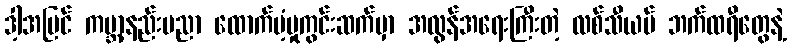
ဒါ့အပြင် ကမ္ဘာ့နည်းပညာ ထောက်ပံ့မှုကွင်းဆက်မှာ အလွန်အရေးကြီးတဲ့ လစ်သီယမ် ဘက်ထရီတွေနဲ့